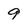
Character: 9